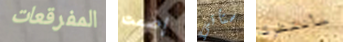
المفرقعات إصمت ستأتي سأنتظرك